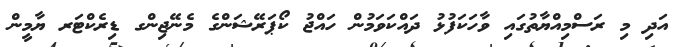
އަދި މި ރަސްމިއްޔާތުގައި ވާހަކަފުޅު ދައްކަވަމުން ހައްޖު ކޯޕަރޭޝަންގެ މެނޭޖިންގ ޑިރެކްޓަރ ޔާމީން